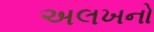
અલખનો